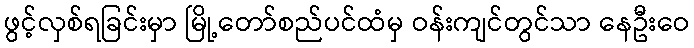
ဖွင့်လှစ်ရခြင်းမှာ မြို့တော်စည်ပင်ထံမှ ဝန်းကျင်တွင်သာ နေဦးဝေ